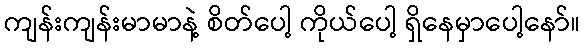
ကျန်းကျန်းမာမာနဲ့ စိတ်ပေါ့ ကိုယ်ပေါ့ ရှိနေမှာပေါ့နော်။